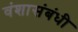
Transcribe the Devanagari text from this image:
वंशासंबंधी